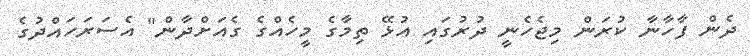
ދެން ފާހާނާ ކުރަން މިޖެހެނީ ދުރުގައި އުޅޭ ތިމާގެ މީހެއްގެ ގެއަށްދާން" އެސަރަހައްދުގެ